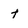
Character: t